Annual statistical returns and brief notes on vaccination in Bengal - 1909-1929
Year: 1909
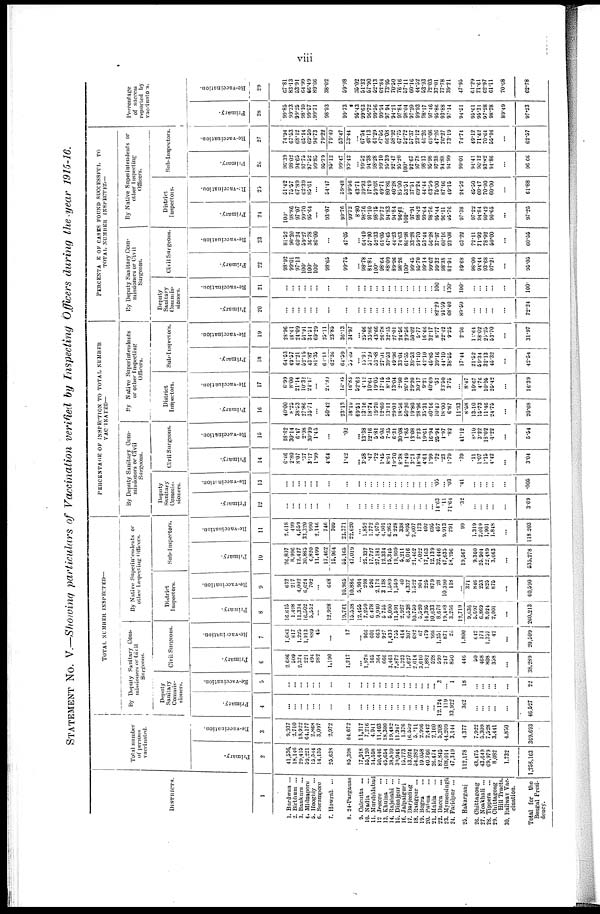
viii
STATEMENT NO. V.—Showing particulars of Vaccination verified by Inspecting Officers during the year 1915-16.
DISTRICTS.
1
1.
2,
3.
4.
5.
6.
7.
8.
9.
10.
11.
12
13.
14.
15.
16.
17.
18.
19.
20.
21.
22.
23.
24.
25.
26.
27.
28.
29.
30.
Burdwun ...
Birbhum ...
Bankura ...
Midnapore ...
Hooghly ...
Serampore ...
Howrah ...
24-Parganas
Calcutta ...
Nadia ...
Murshidabad
Jessore ...
Khulna ...
Rajshahi ...
Dinajpur ...
Jalpaiguri ...
Darjeeling
Rangpur ...
Bogra ...
Pabna ...
Malda
...
Dacca ...
Mymensingh
Faridpur ...
Bakarganj
Chittagong
Noakhali ...
Tippera ...
Chittagong
Hill Tracts.
Railway Vac
cination.
Total for the
Bengal Presi-
dency.
Total number
of persons
vaccinated.
Primary.
2
41,536
18,146
29,416
59,221
15,544
14,135
25,638
85,398
17,918
55,120
34,558
50,446
45,654
38,810
31,944
15,773
13,024
54,282
19,058
40,766
26,474
82,840
108,014
47,349
112,178
43,475
43,649
69,979
8,082
1,732
1,1258,163
Re-vaccination.
3
9,937
2,710
18,922
64,177
2,868
3,097
2,972
64,672
11,217
7,216
4,941
11,403
18,300
19,482
11,947
1,376
16,559
5,211
2,996
2,442
2,160
5,208
44,209
3,144
4,377
7,922
5,309
7,528
3,441
4,850
369,693
TOTAL NUMBER
INSPECTED—
By Deputy Sanitary Com-
missioners or Civil
Surgeons.
Deputy
Sanitary
Commis-
sioners.
Primary.
4
...
...
...
...
...
...
...
...
...
...
...
...
...
...
...
...
... ...
...
...
...
12,124
119
33,922
362
...
...
...
...
...
46,027
Re-vaccination.
5
...
...
...
...
...
...
...
...
...
...
...
...
...
...
...
...
...
...
...
...
... 3
... 1
18
...
...
...
...
...
22
Civil Surgeons.
Primary.
6
2,686
509
2,374
221
494
282
1,190
1,217
...
1,978
165
364
666
3,461
7,872
1,323
1,627
2,014
3,610
1,882
528
599
247
850
446
50
468
808
358
...
38,289
Re-vaccination.
7
1,683
817
1,225
1,913
889
45
...
17
... 966
601
663
927
1,433
755
414
307
682
67
479
366
1,351
871
26
1,800
642
171
1,357
42
...
20,509
By Native Superintendents or
oilier Inspecting Officers.
District
Inspectors.
Primary.
8
16,615
1,498
11,334
16,502
5,552
...
12,928
19,761
15,538
12,455
7,259
6,478
9,940
5,755
5,090
11,591
2,927
6,538
10,750
5,520
14,395
10,633
8,678
19,448
3,256
12,719
9,636
5,697
6,869
8,024
2,001
...
260,213
Re-vaccination.
9
632
217
4,002
6,624
702
...
648
10,965
10,886
5,904
298
526
2,173
3,138
1,589
1,569
40
4,337
1,522
904
225
879
28
10,390
118
... 371
846
253
825
875
...
60,590
Sub-Inspectors.
Primary.
10
26,807
8,996
12,427
30,885
6,820
11,499
17,462
15,964
55,165
47,019
... 25,337
17,727
27,181
12,334
15,345
19,960
5,211
8,016
21,462
4,022
17,163
12,139
32,446
47,635
18,256
19,567
9,360
25,904
22,489
3,663
...
535,278
Re-vaccination.
11
2,618
499
4,559
33,320
990
2,146
746
709
23,371
22,620
...
1,852
1,772
4,979
4,901
6,265
3,228
338
4,890
2,607
173
402
695
457
9,913
291
99
1,319
2,019
1,901
1,848
...
118,203
PERCENTAGE OF INSPECTION TO TOTAL NUMBER
VACINATED—
By Deputy Sanitary Com-
missioners or Civil
Surgeons.
Deputy
Sanitary
Commis-
sioners.
Primary.
12
...
...
...
...
... ...
...
...
...
...
...
...
...
...
...
...
...
...
...
... ...
14.63
11
71.64
.32
...
... ...
...
...
3.69
Re-vaccination.
13
...
...
...
...
...
...
...
...
...
...
...
...
...
...
...
...
...
...
...
...
... .05
... .03
.41
...
...
...
...
...
.005
Civil Surgeons.
Primary.
14
6.46
2.80
8.07
.37
3.17
1.99
4.64
1.42
... 3.58
.47
.72
1.45
8.91
19.70
8.38
12.49
3.71
18.94
4.61
1.99
.72
.23
1.79
.39
.11
1.07
1.15
4.42
...
3.04
Re-vaccination.
15
18.62
30.14
6.47
2.98
30.99
1.45
...
.02
...
13.38
12.16
5.81
5.06
7.35
6.31
30.08
1.85
13.08
2.23
19.61
16.94
25.94
1.97
.82
41.12
8.10
3.22
18.02
1.22
...
5.54
By Native Superintendents
or other Inspecting
Officers.
District
Inspectors.
Primary.
16
40.00
8.25
38.53
27.86
35.71
...
50.42
23.13
18.19
69.51
13.16
18.74
19.70
12.60
13.11
29.01
18.56
50.20
19.80
28.96
35.31
40.16
10.47
18.00
6.87
11.33
8.58
13.10
15.73
11.46
24.75
...
20.68
Re-vaccination.
17
6.99
8.00
21.14
10.32
24.47
...
21.30
16.95
16.88
52.63
4.12
10.64
19.05
17.15
8.16
13.04
2.90
26.19
29.20
30.17
9.21
40.69
.53
23.50
3.75
... 8.47
10.67
4.76
10.95
25.42
...
16.39
Sub-Inspectors.
Primary.
18
64.03
49.57
42.21
52.15
43.87
81.35
68.11
62.26
64.59
55.05
...
15.96
51.29
53.88
27.01
39.53
49.96
33.04
61.55
39.53
21.10
42.10
45.80
39.16
44.10
38.55
17.44
21.52
59.34
32.13
45.32
...
42.04
Re-vaccination.
19
28.96
18.41
24.09
51.91
34.51
69.29
25.11
23.85
36.13
34.97
...
25.66
35.86
43.66
26.78
32.15
27.01
24.56
29.56
50.02
5.77
16.46
32.17
8.77
22.42
9.25
2.26
16.64
38.02
25.25
53.70
...
31.97
PERCENTAGE OF CASES FOUND SUCCESSFUL TO
TOTAL NUMBER INSPECTED—
By Deputy Sanitary Com-
missioners or Civil
Surgeons.
Deputy
Sanitary
Commis-
sioners.
Primary.
20
...
...
... ...
...
...
...
...
...
... ...
...
...
...
... ...
...
...
...
...
... 82.29
91.59
68.40
89.50
... ...
...
...
...
72.24
Re-vaccination.
21
...
...
...
...
...
...
...
...
...
...
...
...
...
...
...
...
...
...
...
...
... 100
...
100.
100.
...
...
... ...
...
100.
Civil Surgeons.
Primary.
22
98.92
99.01
97.13
100.
100.
100.
98.65
99.75
...
98.78
81.84
100.
98.64
88.09
89.96
98.26
100.
99.45
96.70
99.14
99.62
99.32
98.38
82.94
89.68
98.00
94.44
93.68
97.21
...
95.05
Re-vaccination.
23
81.52
90.20
60.24
59.27
36.78
80.00
...
47.05
... 64.49
57.90
52.33
61.05
47.45
44.23
74.63
86.98
33.28
59.70
53.44
56.28
37.97
60.16
23.08
63.22
72.11
71.92
78.92
50.00
...
60.55
By Native Superintendents or
other Inspecting
Officers.
District
Inspectors.
Primary.
24
100.
98.86
97.07
99.70
95.64
...
93.07
99.76
99.72
8.80
98.76
91.10
98.15
99.72
94.83
94.84
96.61
100.
97.91
98.42
99.64
98.76
95.44
96.11
96.76
97.38
97.22
94.84
90.42
90.65
...
97.25
Re-vaccination.
25
51.42
75.57
67.89
62.39
85.61
...
64.47
59.48
59.56
43.71
39.93
17.49
59.68
49.71
80.86
40.28
83.00
53.51
37.51
69.24
44.44
63.59
75.00
87.46
49.10
24.52
45.50
60.47
70.90
60.00
...
61.88
Sub-Inspectors.
Primary.
26
96.39
98.02
94.65
97.75
97.52
99.85
95.79
95.12
99.47
99.42
... 99.52
94.38
98.28
99.10
95.39
92.42
95.20
100.
92.67
97.78
98.13
95.98
97.38
94.88
94.99
99.01
94.41
96.12
93.82
94.86
...
96.66
Re-vaccination.
27
74.94
67.53
68.12
66.14
69.69
94.73
79.22
79.40
53.47
53.44
... 67.54
48.13
61.29
47.56
66.08
58.92
67.75
52.72
57.37
23.12
48.26
69.06
47.26
76.27
73.19
74.74
49.12
71.42
70.64
55.94
...
62.07
Percentage
of success
reported by
vaccinators.
Primary.
28
99.85
99.33
99.25
98.10
99.57
99.71
98.93
99.73
90.43
99.63
96.72
99.56
99.94
97.94
94.21
97.84
98.04
97.20
99.93
98.17
97.46
95.86
93.88
97.14
94.51
95.61
95.31
97.28
98.78
89.49
97.23
Re-vaccination.
29
67.81
83.13
53.91
64.99
66.49
89.66
38.02
59.98
35.02
51.32
57.90
52.13
62.84
73.90
70.50
76.16
57.11
60.16
44.52
53.93
72.03
37.01
77.78
39.21
47.95
61.29
71.61
62.97
61.11
70.68
62.78